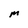
Character: M